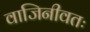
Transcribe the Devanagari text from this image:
वाजिनीवतः